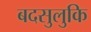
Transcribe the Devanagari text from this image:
बदसुलुकि